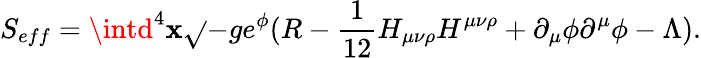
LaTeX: S_{eff}=\intd^{4}\mathbf{x}\sqrt{}{{-g}}e^{\phi}(R-\frac{{1}}{{12}}H_{\mu\nu\rho}H^{\mu\nu\rho}+\partial_{\mu}\phi\partial^{\mu}\phi-\Lambda).